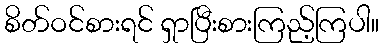
စိတ်ဝင်စားရင် ရှာပြီးစားကြည့်ကြပါ။